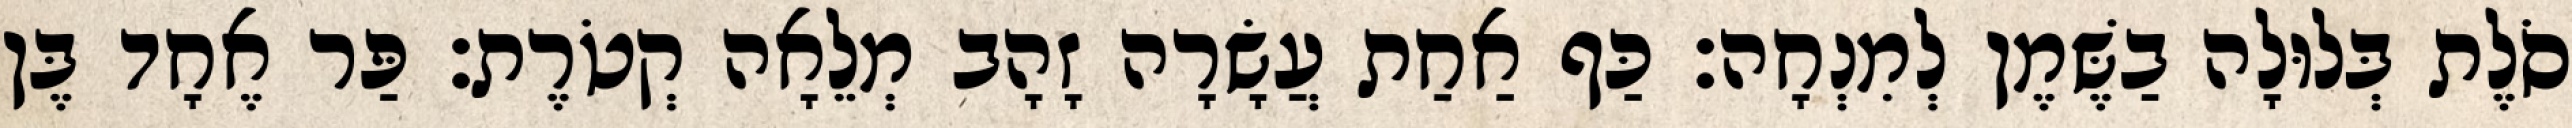
סֹלֶת בְּלוּלָה בַשֶּׁמֶן לְמִנְחָה׃ כַּף אַחַת עֲשָׂרָה זָהָב מְלֵאָה קְטֹרֶת׃ פַּר אֶחָד בֶּן